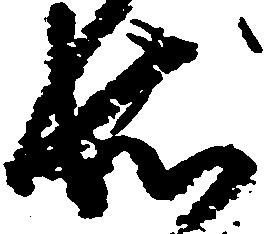
知